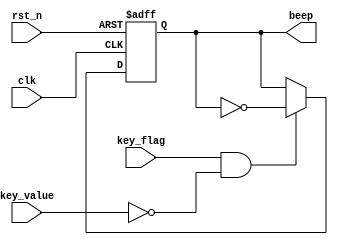
module beep_control(
    input clk,
    input rst_n,

    input key_flag,
    input key_value,
    output reg beep
  
);

always @(posedge clk or negedge rst_n) begin
    if(!rst_n) 
       beep <= 1'b0;
    
    else begin
        if(key_flag && (~key_value))
        beep <= ~beep;
        else
        beep <= beep;        
    end

end

endmodule // beep_control